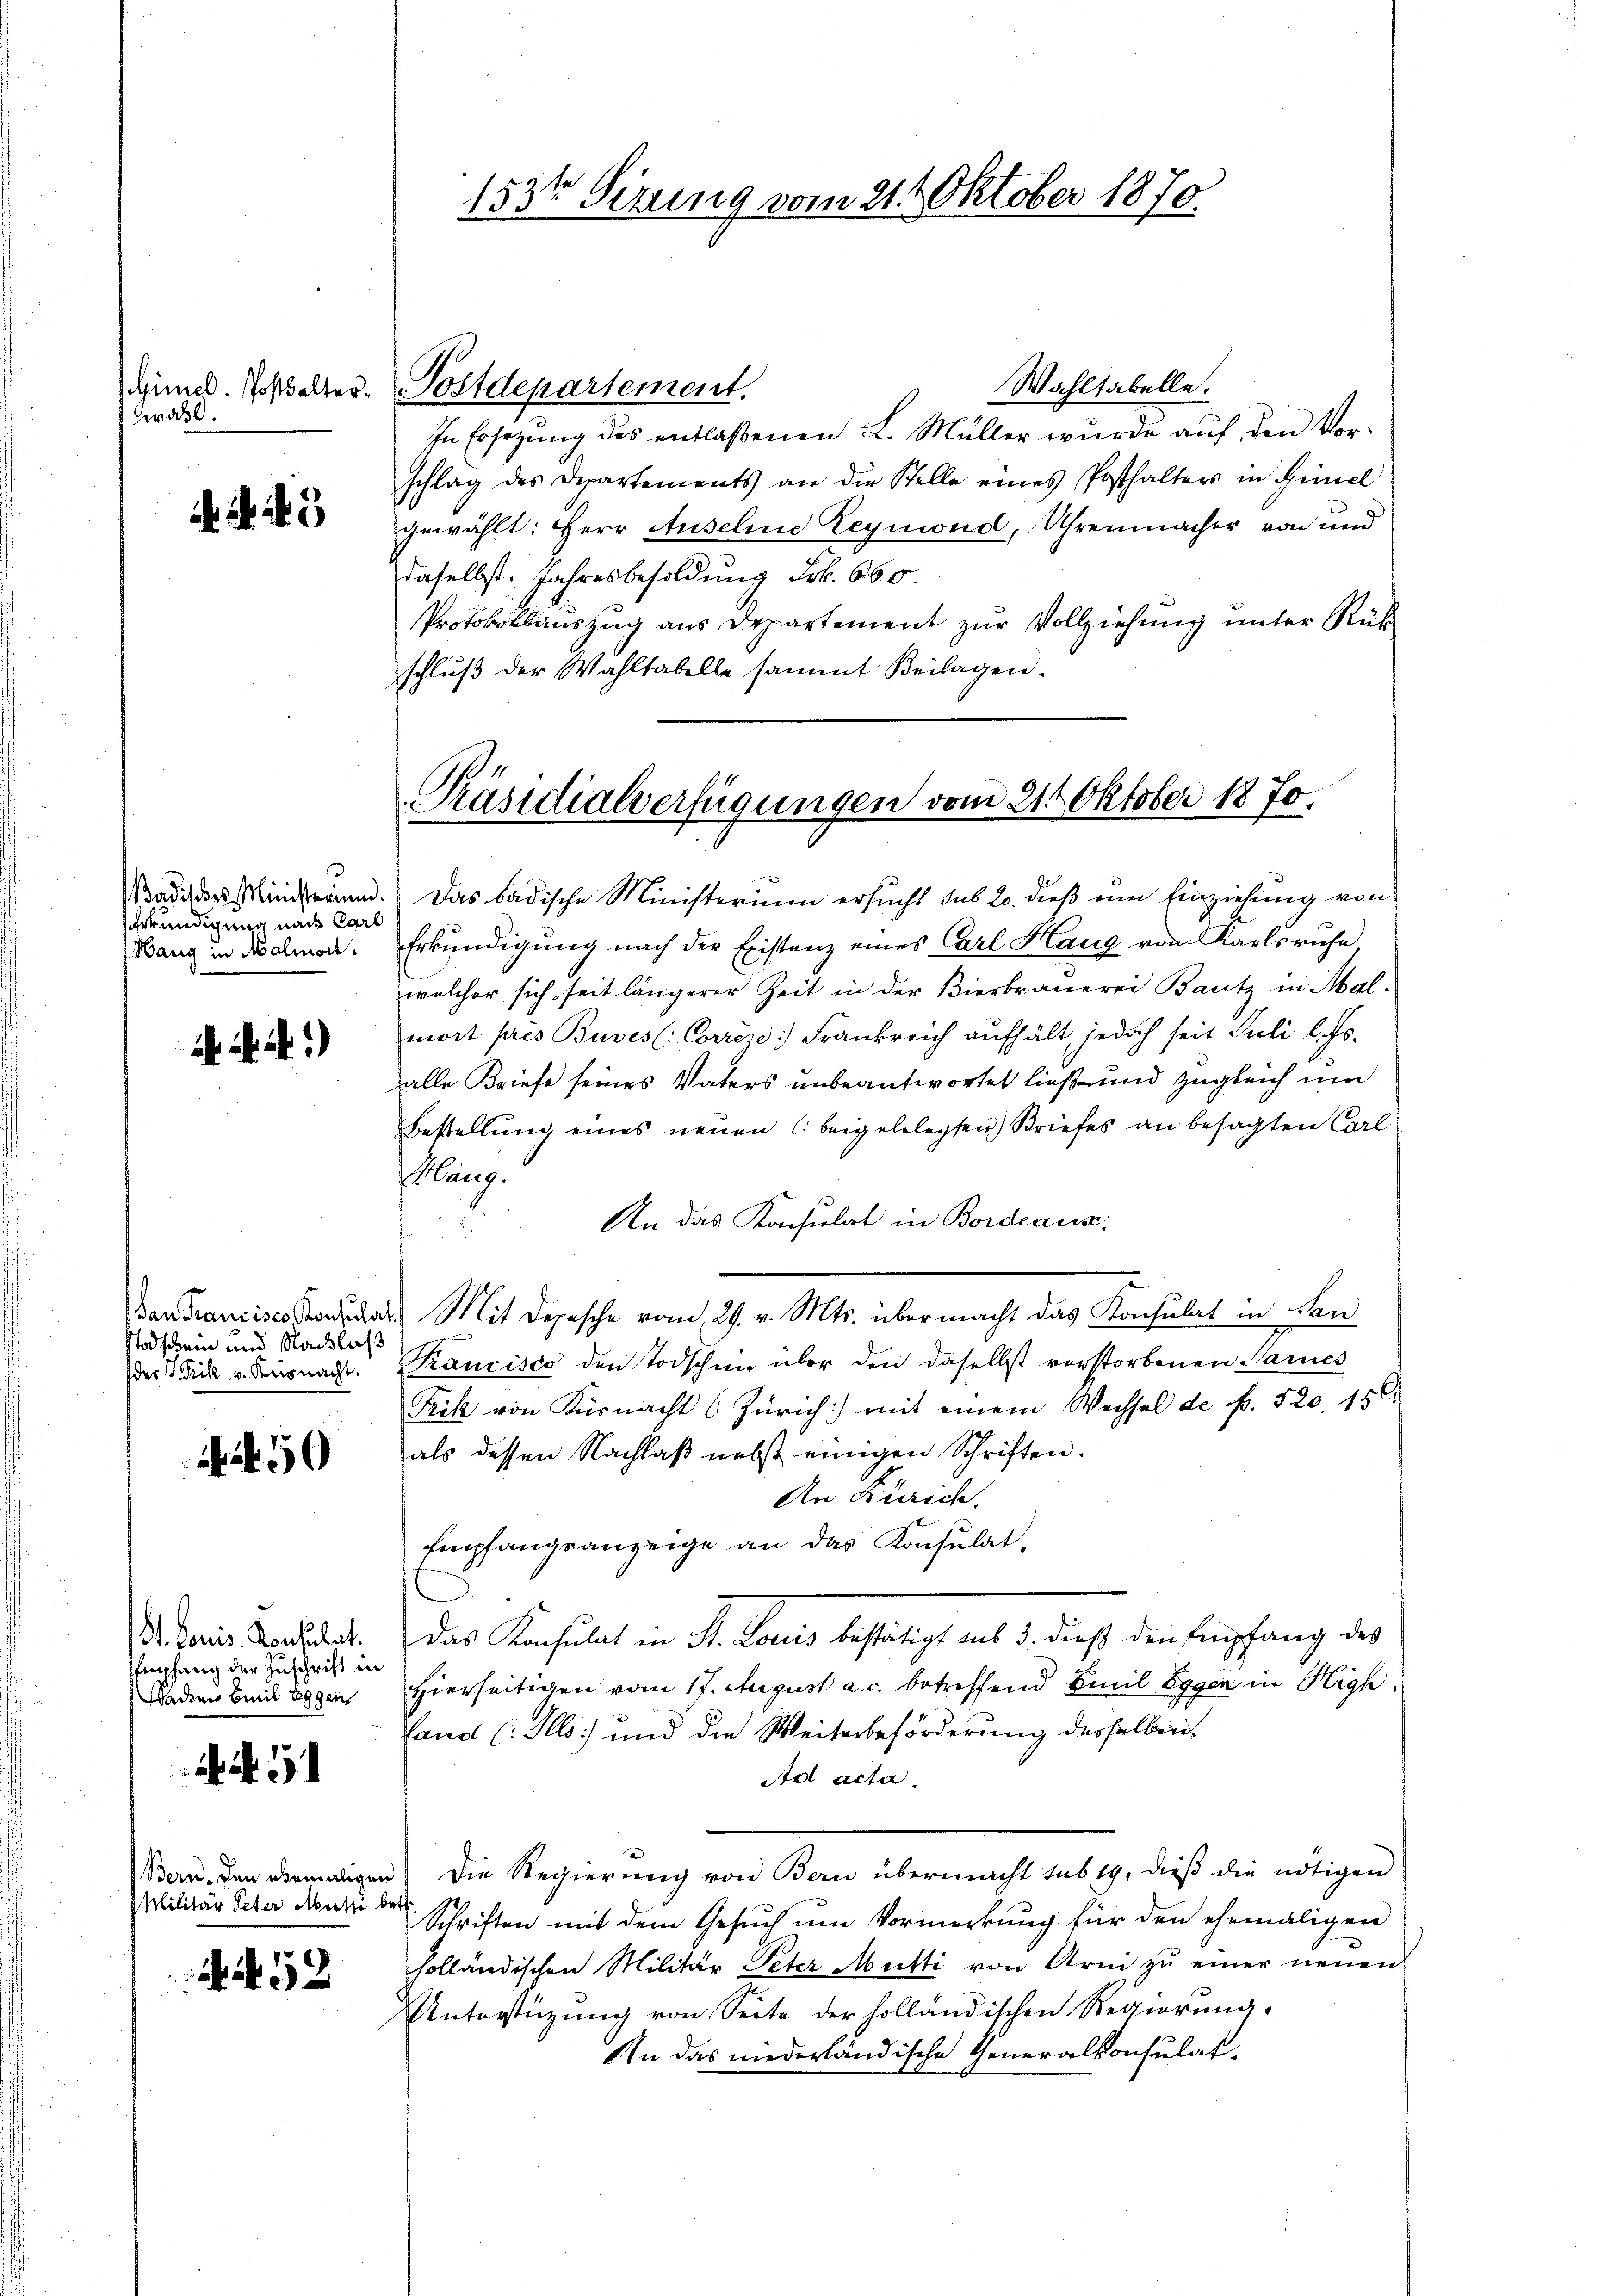
Gimel. Posthalter.
Graß.

i. a. a.)

dan Francisco Konsulat
Stodschein und Nachlaß
des Frik v. Paris nacht.

50

St. Louis. Konsulat.
Empfang der Zuschrift in
Waden Emil Eggen

. 51

52

Badisches Ministerun
serwendigung nach Carl
Hang in Malmort.

Bern, den ehemaligen
Militär Peter Meisti be

Postdepartement.

153te Sizung vom 21.t Oktober 1870

Präsidialverfügungen vom 21. Oktober 1870.

Wahltabelle.
In Ersezung des entlaßenen L. Müller wurde auf den Vorschlag des Departements an die Stelle eines Posthalters in Himel
gewählt: Herr Auseline Reymond, Uhrenmacher von und
daselbst. Jahresbesoldung Frk. 660
Protokollauszug aus Departement zur Vollziehung unter Rükschlŭβ der Wahltabelle sammt Beilagen.
Das badische Ministerium ersucht sub 20. dieß um Einziehung von
Erkundigung nach der Existenz eines Carl Haug von Karlsruhe
welcher sich seit längerer Zeit in der Bierbrauerei Bautz in Mal-
mort pres Buves (: Correr Frankreich aufhält, jedoch seit Juli l. Js.
alle Briefe seines Vaters unbeantwortet ließ und zugleich um
Bestellung eines neuen (beigelelegten Briefes an besagten Carl¬
Kläng
An das Konsulat in Bordeaus.
Mit Depesche vom 29. v. Mts. übermacht das Konsulat in Lan¬
Trancisco den Todschen über den daselbst verstorbenen Sarues
Frik von Küsnacht (Zürich mit einem Wechsel de f. 520. 156.
als dessen Nachlaß nebst einigen Schriften.
An Zürich.
Empfangsanzeige an das Konsulat,
Das Konsulat in St. Louis bestätigt aus 3. dieß den Empfang des
Hierseitigen vom 17. August a. c. betreffend Emil Eggen in High¬
Land (Plls) und die Weiterbeförderung desselben
Ad acta
Die Regierŭng von Bau übermacht sub 19, dieβ die nötigen
t
Schriften mit dem Gesuch um Vormerkung für den ehemaligen
holländischen Militär Peter Mutti von Arm zu einer neuen
Unterstüzung von Seite der holländischen Regierung.
An das niederländische Generalkonsulat-